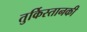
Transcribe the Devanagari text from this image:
तुर्किस्तानकी